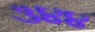
૩૪૪